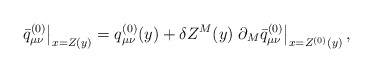
\begin{align*}\left.\bar{q}^{(0)}_{\mu\nu}\right|_{x=Z(y)} = q^{(0)}_{\mu\nu}(y) + \delta Z^M(y)\left.\partial_M\bar{q}^{(0)}_{\mu\nu}\right|_{x=Z^{(0)}(y)},\end{align*}